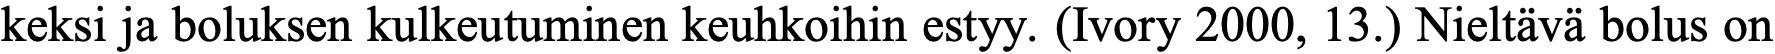
keksi ja boluksen kulkeutuminen keuhkoihin estyy. (Ivory 2000, 13.) Nieltävä bolus on